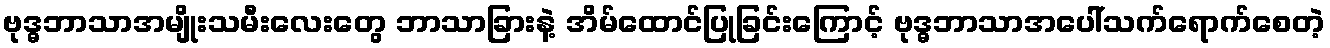
ဗုဒ္ဓဘာသာအမျိုးသမီးလေးတွေ ဘာသာခြားနဲ့ အိမ်ထောင်ပြုခြင်းကြောင့် ဗုဒ္ဓဘာသာအပေါ်သက်ရောက်စေတဲ့